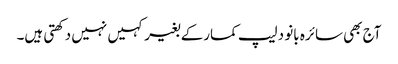
آج بھی سائرہ بانو دلیپ کمارکے بغیر کہیں نہیں دکھتی ہیں۔